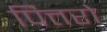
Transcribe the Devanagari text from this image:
पित्तरो